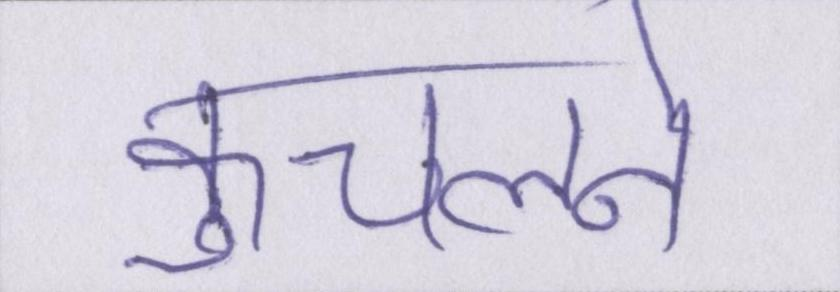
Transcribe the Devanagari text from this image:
कुचलने